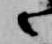
々